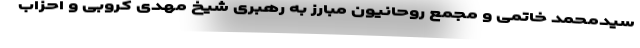
سیدمحمد خاتمی و مجمع روحانیون مبارز به رهبری شیخ مهدی کروبی و احزاب